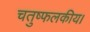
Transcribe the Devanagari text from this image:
चतुष्फलकीय।